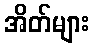
အိတ်များ